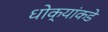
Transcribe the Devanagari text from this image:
धोक्यांकडे